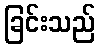
ခြင်းသည်